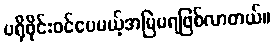
ပရိုဖိုင်းဝင်ပေမယ့်အမြဲမရဖြစ်လာတယ်။